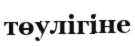
төулігіне